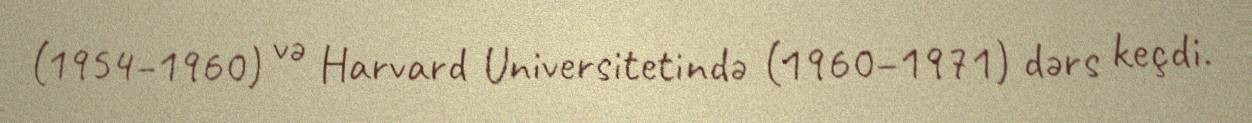
(1954–1960) və Harvard Universitetində (1960–1971) dərs keçdi.